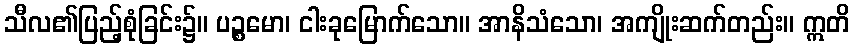
သီလ၏ပြည့်စုံခြင်း၌။ ပဉ္စမော၊ ငါးခုမြောက်သော။ အာနိသံသော၊ အကျိုးဆက်တည်း။ ဣတိ